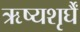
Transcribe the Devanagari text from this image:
ऋष्यशृर्घैं